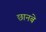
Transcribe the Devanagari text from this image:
छानबे